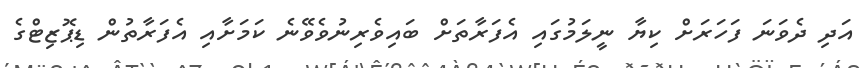
އަދި ދެވަނަ ފަހަރަށް ކިޔާ ނީލަމުގައި އެފަރާތަށް ބައިވެރިނުވެވޭނެ ކަމަށާއި އެފަރާތުން ޑިޕޮޒިޓްގެ